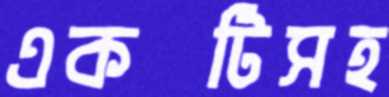
একটিসহ